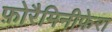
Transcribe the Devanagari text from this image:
फ़ोरैमिनीफेरा